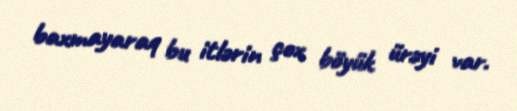
baxmayaraq bu itlərin çox böyük ürəyi var.